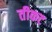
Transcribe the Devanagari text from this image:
तीकट